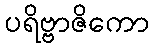
ပရိဗ္ဗာဇိကော